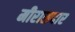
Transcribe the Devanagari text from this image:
मीरासदार